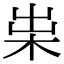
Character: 𣐯